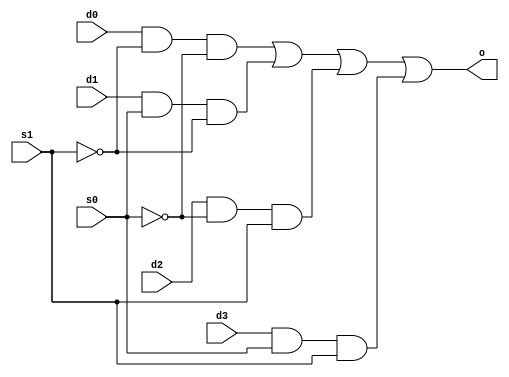
//
//Multiplexer 4x1
//Nick Trusso 9/17/2015
//
module mux4x1(s1,s0,d0,d1,d2,d3,o);
  input s1,s0,d0,d1,d2,d3;
  output o;
  
  wire s1_inv,s0_inv,and0,and1,and2,and3;
  
  not(s1_inv,s1);
  not(s0_inv,s0);
  and(and0,d0,s1_inv,s0_inv);
  and(and1,d1,s0,s1_inv);
  and(and2,d2,s0_inv,s1);
  and(and3,d3,s0,s1);
  or(o,and0,and1,and2,and3);
endmodule


module main;
    //variables
    reg s1,s0,d0,d1,d2,d3;
    wire o;
    
    //create instance
    mux4x1 multi(s1,s0,d0,d1,d2,d3,o);
    
    //display
    initial begin
        $display("Time\ts1\ts0\td0\td1\td2\td3\to");
        $display("-----------------------------------------------------------");
        $monitor("%0d\t%b\t%b\t%b\t%b\t%b\t%b\t%b",$time,s1,s0,d0,d1,d2,d3,o);
    end
    
    //assign variables
    initial begin 
s0 = 0; s1 = 0; d0 = 0; d1 = 0; d2 = 0; d3 = 0; #1;
s0 = 0; s1 = 0; d0 = 0; d1 = 0; d2 = 0; d3 = 1; #1;
s0 = 0; s1 = 0; d0 = 0; d1 = 0; d2 = 1; d3 = 0; #1;
s0 = 0; s1 = 0; d0 = 0; d1 = 0; d2 = 1; d3 = 1; #1;
s0 = 0; s1 = 0; d0 = 0; d1 = 1; d2 = 0; d3 = 0; #1;
s0 = 0; s1 = 0; d0 = 0; d1 = 1; d2 = 0; d3 = 1; #1;
s0 = 0; s1 = 0; d0 = 0; d1 = 1; d2 = 1; d3 = 0; #1;
s0 = 0; s1 = 0; d0 = 0; d1 = 1; d2 = 1; d3 = 1; #1;
s0 = 0; s1 = 0; d0 = 1; d1 = 0; d2 = 0; d3 = 0; #1;
s0 = 0; s1 = 0; d0 = 1; d1 = 0; d2 = 0; d3 = 1; #1;
s0 = 0; s1 = 0; d0 = 1; d1 = 0; d2 = 1; d3 = 0; #1;
s0 = 0; s1 = 0; d0 = 1; d1 = 0; d2 = 1; d3 = 1; #1;
s0 = 0; s1 = 0; d0 = 1; d1 = 1; d2 = 0; d3 = 0; #1;
s0 = 0; s1 = 0; d0 = 1; d1 = 1; d2 = 0; d3 = 1; #1;
s0 = 0; s1 = 0; d0 = 1; d1 = 1; d2 = 1; d3 = 0; #1;
s0 = 0; s1 = 0; d0 = 1; d1 = 1; d2 = 1; d3 = 1; #1;
s0 = 0; s1 = 1; d0 = 0; d1 = 0; d2 = 0; d3 = 0; #1;
s0 = 0; s1 = 1; d0 = 0; d1 = 0; d2 = 0; d3 = 1; #1;
s0 = 0; s1 = 1; d0 = 0; d1 = 0; d2 = 1; d3 = 0; #1;
s0 = 0; s1 = 1; d0 = 0; d1 = 0; d2 = 1; d3 = 1; #1;
s0 = 0; s1 = 1; d0 = 0; d1 = 1; d2 = 0; d3 = 0; #1;
s0 = 0; s1 = 1; d0 = 0; d1 = 1; d2 = 0; d3 = 1; #1;
s0 = 0; s1 = 1; d0 = 0; d1 = 1; d2 = 1; d3 = 0; #1;
s0 = 0; s1 = 1; d0 = 0; d1 = 1; d2 = 1; d3 = 1; #1;
s0 = 0; s1 = 1; d0 = 1; d1 = 0; d2 = 0; d3 = 0; #1;
s0 = 0; s1 = 1; d0 = 1; d1 = 0; d2 = 0; d3 = 1; #1;
s0 = 0; s1 = 1; d0 = 1; d1 = 0; d2 = 1; d3 = 0; #1;
s0 = 0; s1 = 1; d0 = 1; d1 = 0; d2 = 1; d3 = 1; #1;
s0 = 0; s1 = 1; d0 = 1; d1 = 1; d2 = 0; d3 = 0; #1;
s0 = 0; s1 = 1; d0 = 1; d1 = 1; d2 = 0; d3 = 1; #1;
s0 = 0; s1 = 1; d0 = 1; d1 = 1; d2 = 1; d3 = 0; #1;
s0 = 0; s1 = 1; d0 = 1; d1 = 1; d2 = 1; d3 = 1; #1;
s0 = 1; s1 = 0; d0 = 0; d1 = 0; d2 = 0; d3 = 0; #1;
s0 = 1; s1 = 0; d0 = 0; d1 = 0; d2 = 0; d3 = 1; #1;
s0 = 1; s1 = 0; d0 = 0; d1 = 0; d2 = 1; d3 = 0; #1;
s0 = 1; s1 = 0; d0 = 0; d1 = 0; d2 = 1; d3 = 1; #1;
s0 = 1; s1 = 0; d0 = 0; d1 = 1; d2 = 0; d3 = 0; #1;
s0 = 1; s1 = 0; d0 = 0; d1 = 1; d2 = 0; d3 = 1; #1;
s0 = 1; s1 = 0; d0 = 0; d1 = 1; d2 = 1; d3 = 0; #1;
s0 = 1; s1 = 0; d0 = 0; d1 = 1; d2 = 1; d3 = 1; #1;
s0 = 1; s1 = 0; d0 = 1; d1 = 0; d2 = 0; d3 = 0; #1;
s0 = 1; s1 = 0; d0 = 1; d1 = 0; d2 = 0; d3 = 1; #1;
s0 = 1; s1 = 0; d0 = 1; d1 = 0; d2 = 1; d3 = 0; #1;
s0 = 1; s1 = 0; d0 = 1; d1 = 0; d2 = 1; d3 = 1; #1;
s0 = 1; s1 = 0; d0 = 1; d1 = 1; d2 = 0; d3 = 0; #1;
s0 = 1; s1 = 0; d0 = 1; d1 = 1; d2 = 0; d3 = 1; #1;
s0 = 1; s1 = 0; d0 = 1; d1 = 1; d2 = 1; d3 = 0; #1;
s0 = 1; s1 = 0; d0 = 1; d1 = 1; d2 = 1; d3 = 1; #1;
s0 = 1; s1 = 1; d0 = 0; d1 = 0; d2 = 0; d3 = 0; #1;
s0 = 1; s1 = 1; d0 = 0; d1 = 0; d2 = 0; d3 = 1; #1;
s0 = 1; s1 = 1; d0 = 0; d1 = 0; d2 = 1; d3 = 0; #1;
s0 = 1; s1 = 1; d0 = 0; d1 = 0; d2 = 1; d3 = 1; #1;
s0 = 1; s1 = 1; d0 = 0; d1 = 1; d2 = 0; d3 = 0; #1;
s0 = 1; s1 = 1; d0 = 0; d1 = 1; d2 = 0; d3 = 1; #1;
s0 = 1; s1 = 1; d0 = 0; d1 = 1; d2 = 1; d3 = 0; #1;
s0 = 1; s1 = 1; d0 = 0; d1 = 1; d2 = 1; d3 = 1; #1;
s0 = 1; s1 = 1; d0 = 1; d1 = 0; d2 = 0; d3 = 0; #1;
s0 = 1; s1 = 1; d0 = 1; d1 = 0; d2 = 0; d3 = 1; #1;
s0 = 1; s1 = 1; d0 = 1; d1 = 0; d2 = 1; d3 = 0; #1;
s0 = 1; s1 = 1; d0 = 1; d1 = 0; d2 = 1; d3 = 1; #1;
s0 = 1; s1 = 1; d0 = 1; d1 = 1; d2 = 0; d3 = 0; #1;
s0 = 1; s1 = 1; d0 = 1; d1 = 1; d2 = 0; d3 = 1; #1;
s0 = 1; s1 = 1; d0 = 1; d1 = 1; d2 = 1; d3 = 0; #1;
s0 = 1; s1 = 1; d0 = 1; d1 = 1; d2 = 1; d3 = 1; #1;
end
endmodule